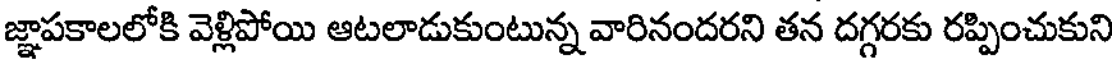
జ్ఞాపకాలలోకి వెళ్లిపోయి ఆటలాడుకుంటున్న వారినందరని తన దగ్గరకు రప్పించుకుని